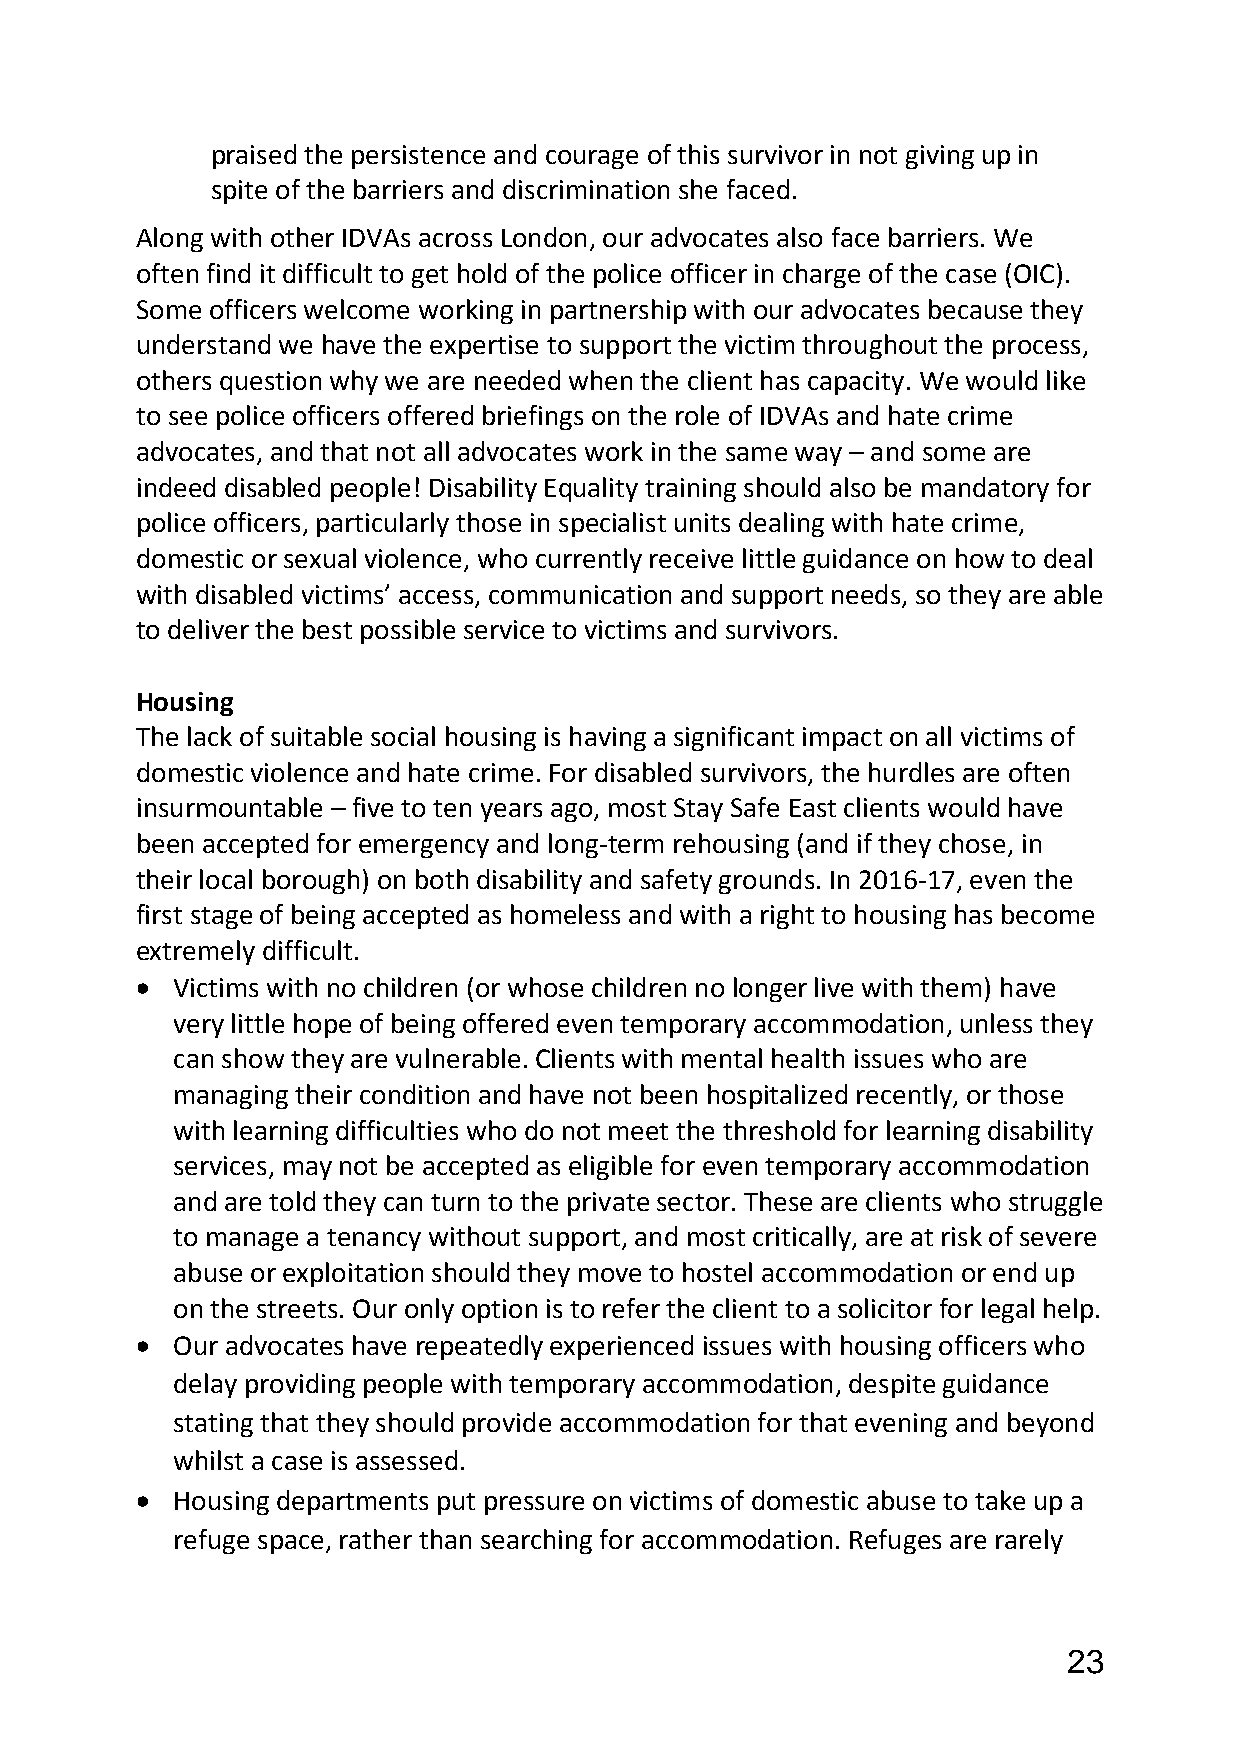
praised the persistence and courage of this survivor in not giving up in
 spite of the barriers and discrimination she faced.
 Along with other IDVAs across London, our advocates also face barriers. We
 often find it difficult to get hold of the police officer in charge of the case (OIC).
 Some officers welcome working in partnership with our advocates because they
 understand we have the expertise to support the victim throughout the process,
 others question why we are needed when the client has capacity. We would like
 to see police officers offered briefings on the role of IDVAs and hate crime
 advocates, and that not all advocates work in the same way – and some are
 indeed disabled people! Disability Equality training should also be mandatory for
 police officers, particularly those in specialist units dealing with hate crime,
 domestic or sexual violence, who currently receive little guidance on how to deal
 with disabled victims’ access, communication and support needs, so they are able
 to deliver the best possible service to victims and survivors.
 Housing
 The lack of suitable social housing is having a significant impact on all victims of
 domestic violence and hate crime. For disabled survivors, the hurdles are often
 insurmountable – five to ten years ago, most Stay Safe East clients would have
 been accepted for emergency and long-term rehousing (and if they chose, in
 their local borough) on both disability and safety grounds. In 2016-17, even the
 first stage of being accepted as homeless and with a right to housing has become
 extremely difficult.
  Victims with no children (or whose children no longer live with them) have
 very little hope of being offered even temporary accommodation, unless they
 can show they are vulnerable. Clients with mental health issues who are
 managing their condition and have not been hospitalized recently, or those
 with learning difficulties who do not meet the threshold for learning disability
 services, may not be accepted as eligible for even temporary accommodation
 and are told they can turn to the private sector. These are clients who struggle
 to manage a tenancy without support, and most critically, are at risk of severe
 abuse or exploitation should they move to hostel accommodation or end up
 on the streets. Our only option is to refer the client to a solicitor for legal help.
  Our advocates have repeatedly experienced issues with housing officers who
 delay providing people with temporary accommodation, despite guidance
 stating that they should provide accommodation for that evening and beyond
 whilst a case is assessed.
  Housing departments put pressure on victims of domestic abuse to take up a
 refuge space, rather than searching for accommodation. Refuges are rarely
 23